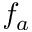
f _ { a }